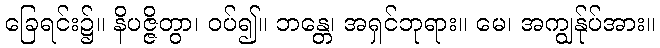
ခြေရင်း၌။ နိပဇ္ဇိတွာ၊ ဝပ်၍။ ဘန္တေ၊ အရှင်ဘုရား။ မေ၊ အကျွန်ုပ်အား။